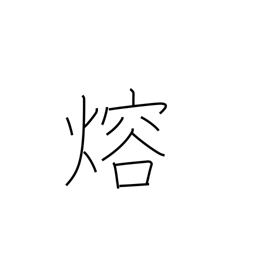
Meaning: fuse